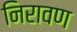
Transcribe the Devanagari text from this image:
निरावण